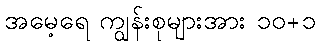
အမေ့ရေ ကျွန်းစုများအား ၁၀+၁